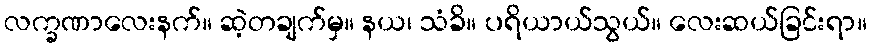
လက္ခဏာလေးနက်။ ဆဲ့တချက်မှ။ နယ၊ သံခိ။ ပရိယာယ်သွယ်။ လေးဆယ်ခြင်းရာ။